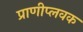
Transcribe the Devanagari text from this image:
प्राणीप्लवक